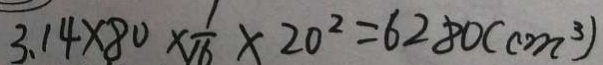
3 . 1 4 \times 8 0 \times \frac { 1 } { 1 6 } \times 2 0 ^ { 2 } = 6 2 8 0 ( c m ^ { 3 } )